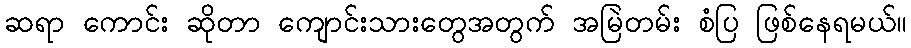
ဆရာ ကောင်း ဆိုတာ ကျောင်းသားတွေအတွက် အမြဲတမ်း စံပြ ဖြစ်နေရမယ်။